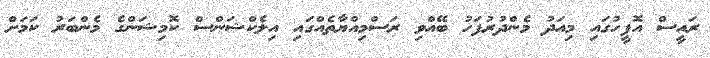
ރައީސް އޮފީހުގައި މިއަދު މެންދުރުފަހު ބޭއްވި ރަސްމިއްޔާތެއްގައި އިލެކްޝަންސް ކޮމިޝަންގެ މެންބަރު ކަމަށް